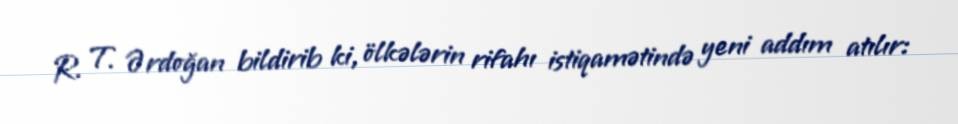
R. T. Ərdoğan bildirib ki, ölkələrin rifahı istiqamətində yeni addım atılır: